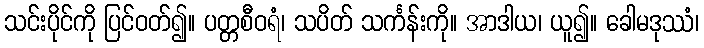
သင်းပိုင်ကို ပြင်ဝတ်၍။ ပတ္တစီဝရံ၊ သပိတ် သင်္ကန်းကို။ အာဒါယ၊ ယူ၍။ ခေါမဒုဿံ၊